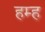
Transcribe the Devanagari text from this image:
हम्ह